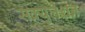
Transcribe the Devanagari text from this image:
सक्र्युलेशन